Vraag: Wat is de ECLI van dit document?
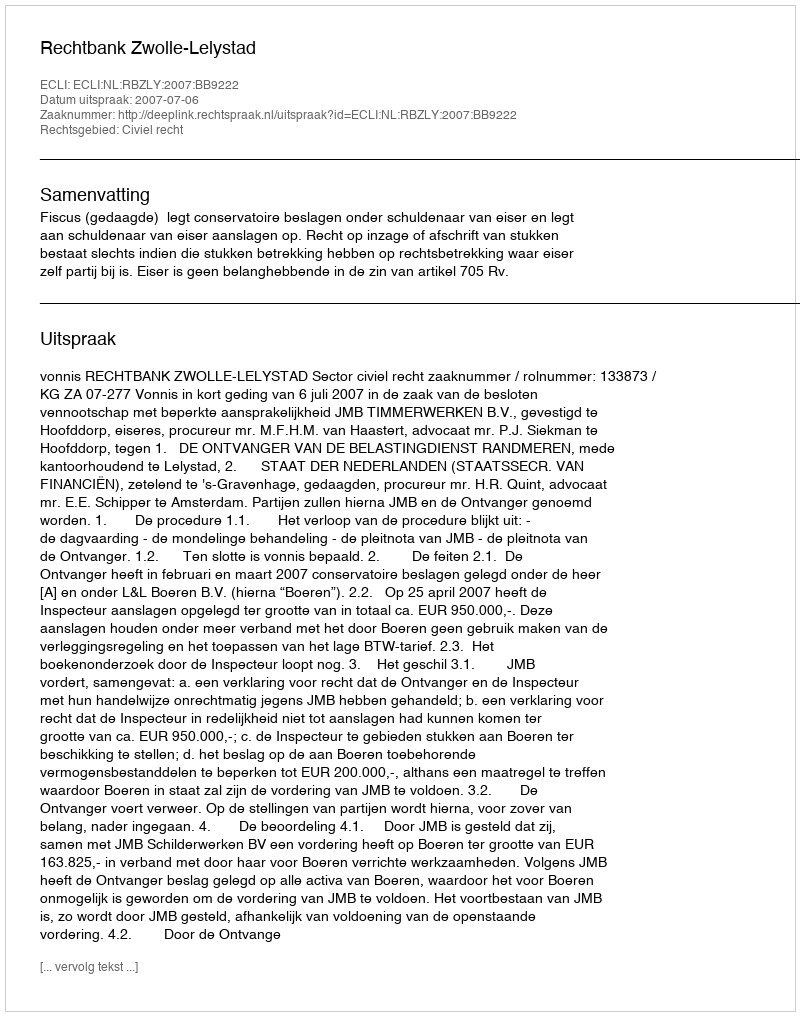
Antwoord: ECLI:NL:RBZLY:2007:BB9222